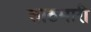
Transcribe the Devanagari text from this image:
साठमारी